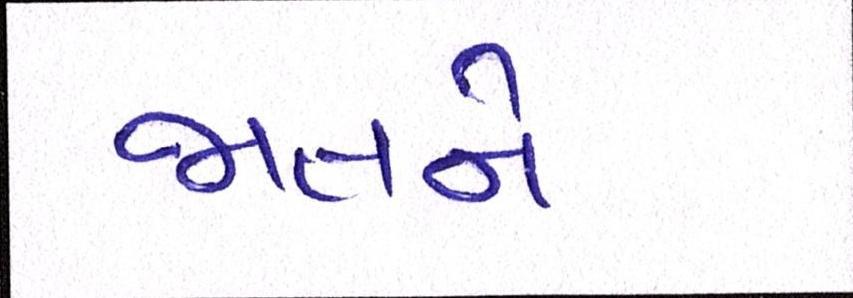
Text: જાતને